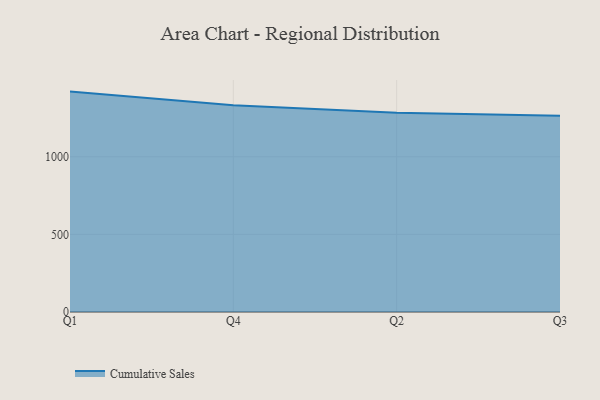
{"axis": {"x": "Quarter", "y": "Net Income (USD K)"}, "legend": ["Cumulative Sales"], "data": [{"x": "Q1", "y": 1419.7, "type": "Cumulative Sales"}, {"x": "Q4", "y": 1332.0, "type": "Cumulative Sales"}, {"x": "Q2", "y": 1283.3, "type": "Cumulative Sales"}, {"x": "Q3", "y": 1263.5, "type": "Cumulative Sales"}]}